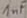
Text: 1nF